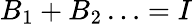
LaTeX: B_{1}+B_{2}\ldots=I